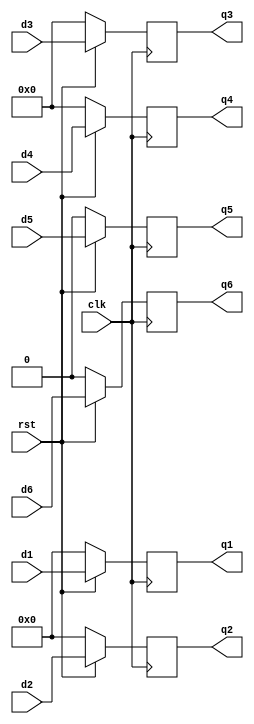
module dff_lvl_2 (input [31:0]d1,input [31:0]d2,input [7:0]d3,input [7:0]d4,input d5,input d6,input rst,input clk,output reg [31:0] q1,output reg [31:0] q2,output reg [7:0] q3,output reg [7:0] q4,output reg q5,output reg q6);  
  
    always@(posedge clk )  
       if (!rst)  
       begin
          q1 <= 0;
          q2 <= 0;
          q3 <= 0;
          q4 <= 0;
          q5 <= 0;
          q6 <= 0;
       end
       else  
       begin
          q1 <= d1;
          q2 <= d2;
          q3 <= d3;
          q4 <= d4;
          q5 <= d5;
          q6 <= d6;  

       end
endmodule  



module dff_lvl_1 (input [32:1]a,input [32:1]b,input rst,input clk,output reg [31:0] c,output reg [31:0] d);  
  
    always@(posedge clk )  
       if (!rst)  
       begin
          c <= 0; 
          d <= 0; 
       end
       else  
       begin
          c <= a;  
          d <= b;
       end
endmodule 

module dff_lvl_3 (input a,input [8:1]b,input [32:1]c,input rst,input clk,output reg [31:0] q);  
  
    always@(posedge clk )  
       if (!rst)  
       begin
          q <= 0; 
       end
       else  
       begin
          q[31]<=a;
          q[30:23]<=b;
          q[22:0]<=c[23:1];
       end
endmodule